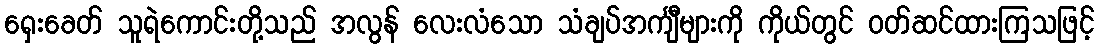
ရှေးခေတ် သူရဲကောင်းတို့သည် အလွန် လေးလံသော သံချပ်အင်္ကျီများကို ကိုယ်တွင် ဝတ်ဆင်ထားကြသဖြင့်